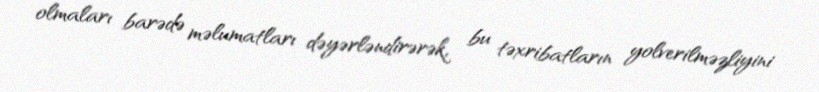
olmaları barədə məlumatları dəyərləndirərək, bu təxribatların yolverilməzliyini